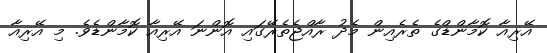
އޭރިއާ ކޮމާންޑްގެ ތެރެއިން މެދު ރާއްޖެތެރޭގައި އޮންނަ އޭރިއާ ކޮމާންޑެވެ. މި އޭރިއާ